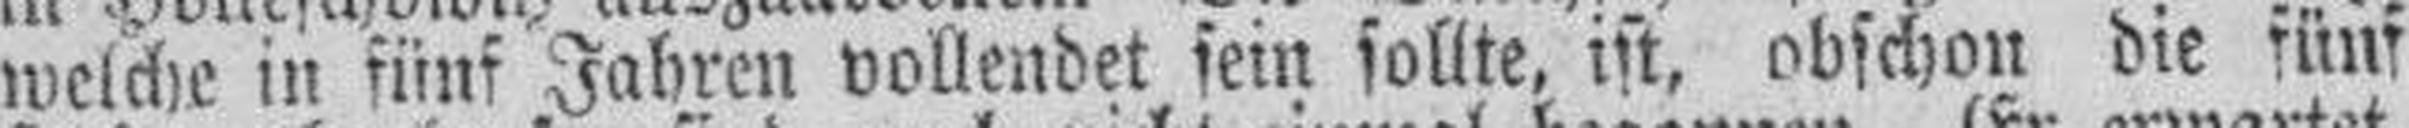
welche in fünf Jahren vollendet sein sollte, ist, obschon die fünf